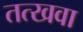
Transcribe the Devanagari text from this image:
तत्खवा